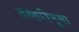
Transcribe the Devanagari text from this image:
तस्तरीनुमा